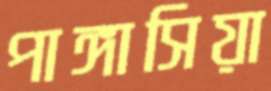
পাঙ্গাসিয়া